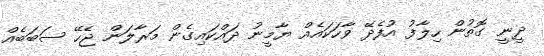
ދީނީ ގޮތުން ހިލާފު އުފެދޭ ވާހަކައެއް ޔާމީނު ދައްކައިގެން މަރާލަން ޖެހޭ ސަބަބެއް